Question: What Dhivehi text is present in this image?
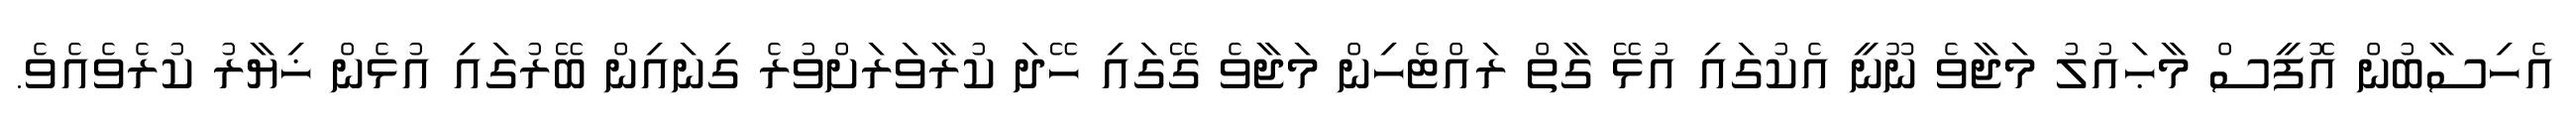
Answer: އެހިސާބުން އޮފީސް މާޙައުލު މަޖާވެ ނޫނީ އެކުގައި އުޅޭ ގާތް ރައްޓެހިން މަޖާވެ ގޭގައި ހޭދަ ކުރާވަރަށްވުރެ ގިނައިން ބޭރުގައި އުޅެން ޚިޔާރު ކުރެވެއެވެ.